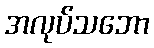
အလုပ်သဘော